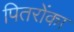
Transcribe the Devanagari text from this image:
पितरोंका